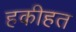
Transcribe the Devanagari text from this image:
हकीहत